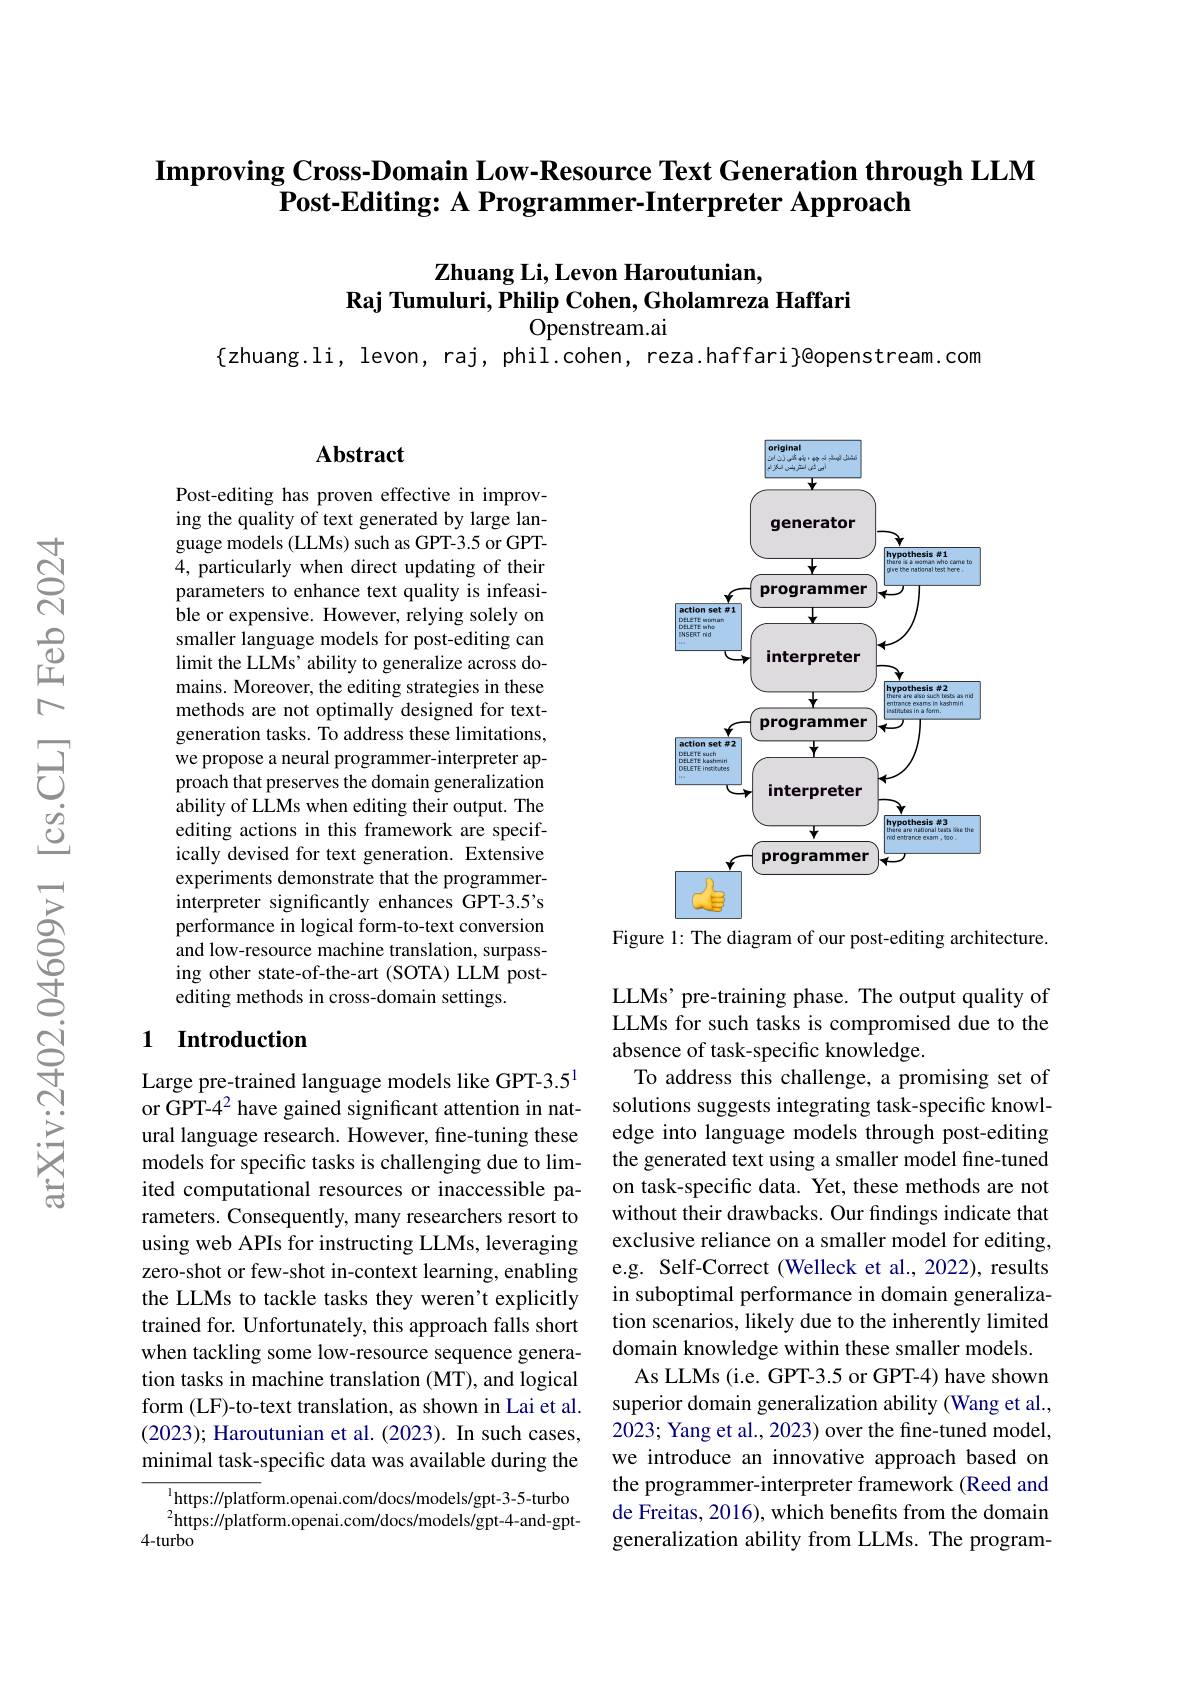
## $\textbf{Improving Cross- Domain Low- Resource Text Generation through LLM}$ Post-Editing: A Programmer-Interpreter Approach

# Zhuang Li, Levon Haroutunian, $\textbf{Raj Tumuluri, Philip Cohen, Gholamreza Haffari}$

Openstream.ai

$\{$zhuang.li, levon, raj, phil.cohen, reza.haffari}@openstream.com

### $\mathbf{Abstract}$

Post-editing has proven effective in improving the quality of text generated by large language models (LLMs) such as GPT-3.5 or GPT- 4, particularly when direct updating of their parameters to enhance text quality is infeasible or expensive. However, relying solely on smaller language models for post-editing can limit the LLMs' ability to generalize across domains. Moreover, the editing strategies in these methods are not optimally designed for textgeneration tasks. To address these limitations, we propose a neural programmer-interpreter approach that preserves the domain generalization ability of LLMs when editing their output. The editing actions in this framework are specifically devised for text generation. Extensive experiments demonstrate that the programmerinterpreter significantly enhances GPT-3.5's performance in logical form-to-text conversion and low-resource machine translation, surpassing other state-of-the-art (SOTA) LLM postediting methods in cross-domain settings.

### 1 Introduction

Large pre-trained language models like GPT-3.5$^{1}$ or GPT-4$^2$ have gained significant attention in natural language research. However, fine-tuning these models for specific tasks is challenging due to limited computational resources or inaccessible parameters. Consequently, many researchers resort to using web APIs for instructing LLMs, leveraging zero-shot or few-shot in-context learning, enabling the LLMs to tackle tasks they weren't explicitly trained for. Unfortunately, this approach falls short when tackling some low-resource sequence generation tasks in machine translation (MT), and logical form (LF)-to-text translation, as shown in Lai et al. (2023); Haroutunian et al. (2023). In such cases, minimal task-specific data was available during the

${^{1}\text{https://platform.openai.com/docs/models/gpt-3-5-turbo}}$ $^{2}$https://platform.openai.com/docs/models/gpt-4-and-gpt-
4-turbo

<FigureHere>

Figure 1: The diagram of our post-editing architecture.

LLMs' pre-training phase. The output quality of LLMs for such tasks is compromised due to the absence of task-specific knowledge.
To address this challenge, a promising set of solutions suggests integrating task-specific knowledge into language models through post-editing the generated text using a smaller model fine-tuned on task-specific data. Yet, these methods are not without their drawbacks. Our findings indicate that exclusive reliance on a smaller model for editing, e.g. Self-Correct (Welleck et al., 2022), results in suboptimal performance in domain generalization scenarios, likely due to the inherently limited domain knowledge within these smaller models.
As LLMs (i.e. GPT-3.5 or GPT-4) have shown superior domain generalization ability (Wang et al., 2023; Yang et al., 2023) over the fine-tuned model, we introduce an innovative approach based on the programmer-interpreter framework (Reed and de Freitas, 2016), which benefits from the domain generalization ability from LLMs. The program-